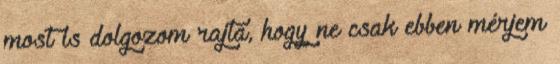
most is dolgozom rajta, hogy ne csak ebben mérjem